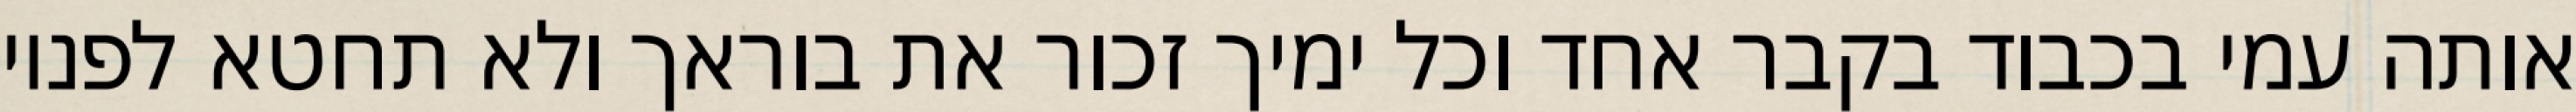
אותה עמי בכבוד בקבר אחד וכל ימיך זכור את בוראך ולא תחטא לפניו